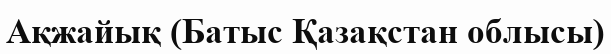
Ақжайық (Батыс Қазақстан облысы)